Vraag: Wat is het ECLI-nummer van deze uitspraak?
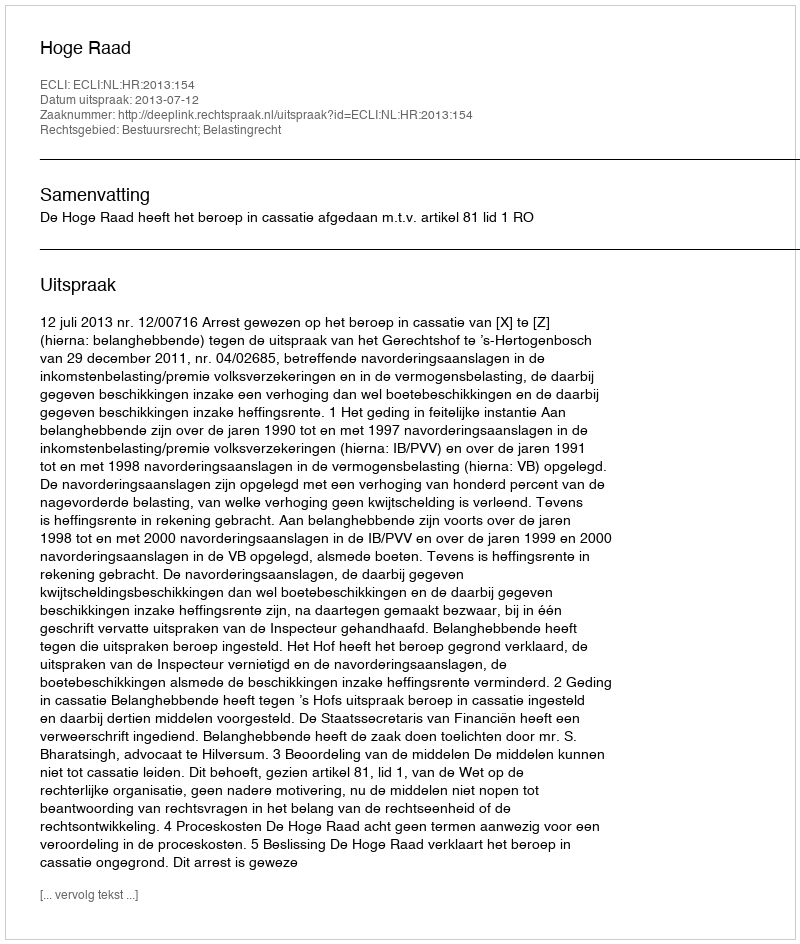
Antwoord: ECLI:NL:HR:2013:154